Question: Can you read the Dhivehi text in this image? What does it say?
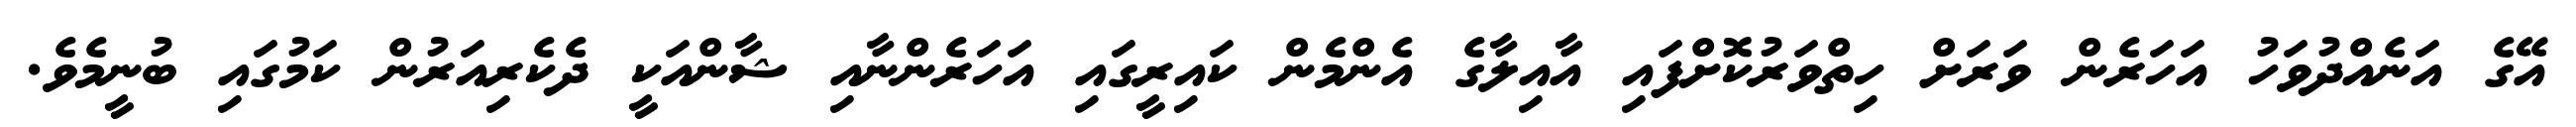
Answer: އޭގެ އަނެއްދުވަހު އަހަރެން ވަރަށް ހިތްވަރުކޮށްފައި އާއިލާގެ އެންމެން ކައިރީގައި އަހަރެންނާއި ޝާންއަކީ ދެކެރިއަރުން ކަމުގައި ބުނީމެވެ.